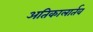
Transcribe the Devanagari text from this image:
अतिकालार्तव